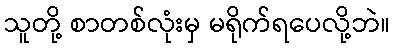
သူတို့ စာတစ်လုံးမှ မရိုက်ရပေလို့ဘဲ။